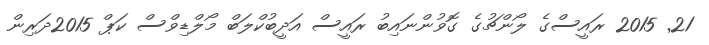
21